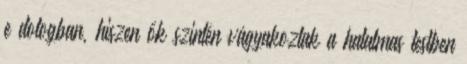
e dologban, hiszen ők szintén vágyakoztak a hatalmas testben